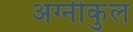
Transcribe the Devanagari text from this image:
अग्‍नीकुल